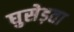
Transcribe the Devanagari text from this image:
घुसेड़ता